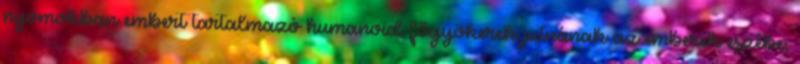
nyomokban embert tartalmazó humanoid főgyökerek jutnának az emberek eszébe,